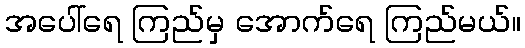
အပေါ်ရေ ကြည်မှ အောက်ရေ ကြည်မယ်။